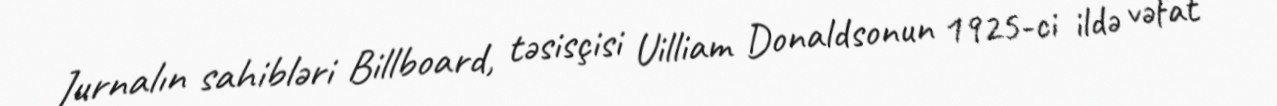
Jurnalın sahibləri Billboard, təsisçisi Uilliam Donaldsonun 1925-ci ildə vəfat